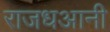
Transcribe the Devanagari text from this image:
राजधआनी